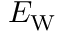
E _ { \mathrm { W } }